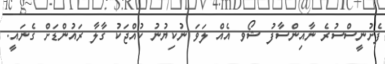
ފެށުނީސްސުރެ ނާއިންސާފު ޝޯވ އެއް ލަވަ ނުކިޔުނު ކުއްޖަކު ގާލާ ރައުންޑަށް ގެނައީ.